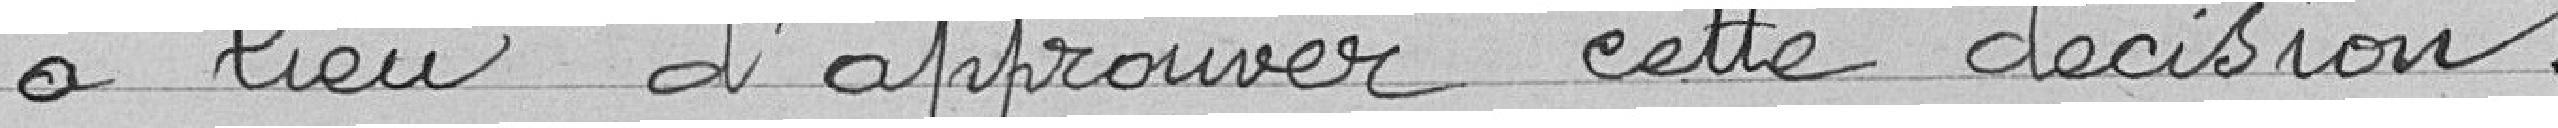
a lieu d'approuver cette décision.